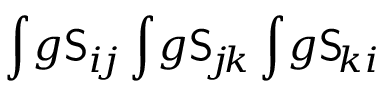
\int \! g \mathsf { S } _ { i \! j } \int \! g \mathsf { S } _ { \! j \! k } \int \! g \mathsf { S } _ { \! k i }